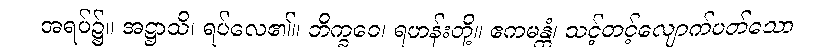
အရပ်၌။ အဋ္ဌာသိ၊ ရပ်လေ၏။ ဘိက္ခဝေ၊ ရဟန်းတို့။ ဧကမန္တံ၊ သင့်တင့်လျောက်ပတ်သော